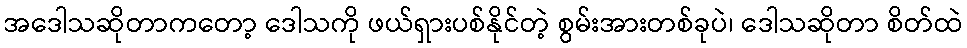
အဒေါသဆိုတာကတော့ ဒေါသကို ဖယ်ရှားပစ်နိုင်တဲ့ စွမ်းအားတစ်ခုပဲ၊ ဒေါသဆိုတာ စိတ်ထဲ